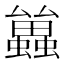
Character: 𮕑